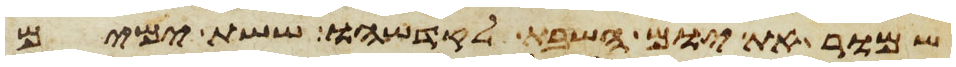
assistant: שמור את יום השבת לקדשהו ששת ימים